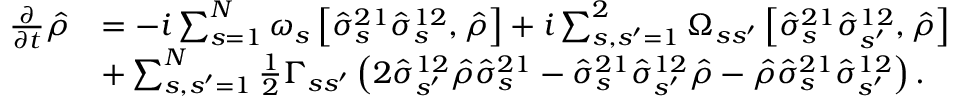
\begin{array} { r l } { \frac { \partial } { \partial t } \hat { \rho } } & { = - i \sum _ { s = 1 } ^ { N } \omega _ { s } \left[ \hat { \sigma } _ { s } ^ { 2 1 } \hat { \sigma } _ { s } ^ { 1 2 } , \hat { \rho } \right] + i \sum _ { s , s ^ { \prime } = 1 } ^ { 2 } \Omega _ { s s ^ { \prime } } \left[ \hat { \sigma } _ { s } ^ { 2 1 } \hat { \sigma } _ { s ^ { \prime } } ^ { 1 2 } , \hat { \rho } \right] } \\ & { + \sum _ { s , s ^ { \prime } = 1 } ^ { N } \frac { 1 } { 2 } \Gamma _ { s s ^ { \prime } } \left( 2 \hat { \sigma } _ { s ^ { \prime } } ^ { 1 2 } \hat { \rho } \hat { \sigma } _ { s } ^ { 2 1 } - \hat { \sigma } _ { s } ^ { 2 1 } \hat { \sigma } _ { s ^ { \prime } } ^ { 1 2 } \hat { \rho } - \hat { \rho } \hat { \sigma } _ { s } ^ { 2 1 } \hat { \sigma } _ { s ^ { \prime } } ^ { 1 2 } \right) . } \end{array}